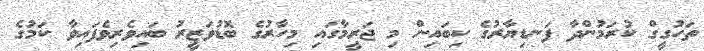
ތަހުގީގް ކުރަމުންދާ ފަނޑިޔާރުގެ ކިބައިން މި ޖަރީމާގައި މިހާރުގެ ބޮޑުވަޒީރު ބައިވެރިވެފައިވާ ކަމުގެ